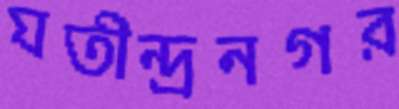
যতীন্দ্রনগর